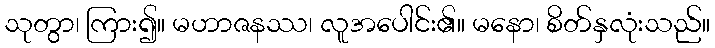
သုတွာ၊ ကြား၍။ မဟာဇနဿ၊ လူအပေါင်း၏။ မနော၊ စိတ်နှလုံးသည်။